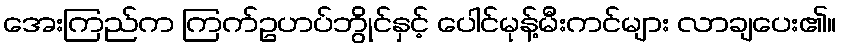
အေးကြည်က ကြက်ဥဟပ်ဘွိုင်နှင့် ပေါင်မုန့်မီးကင်များ လာချပေး၏။